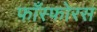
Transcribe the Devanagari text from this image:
फाँस्फोरस